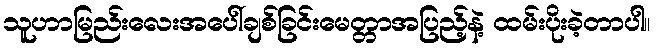
သူဟာမြည်းလေးအပေါ်ချစ်ခြင်းမေတ္တာအပြည့်နဲ့ ထမ်းပိုးခဲ့တာပါ။